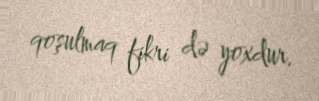
qoşulmaq fikri də yoxdur.